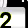
Digit: 2